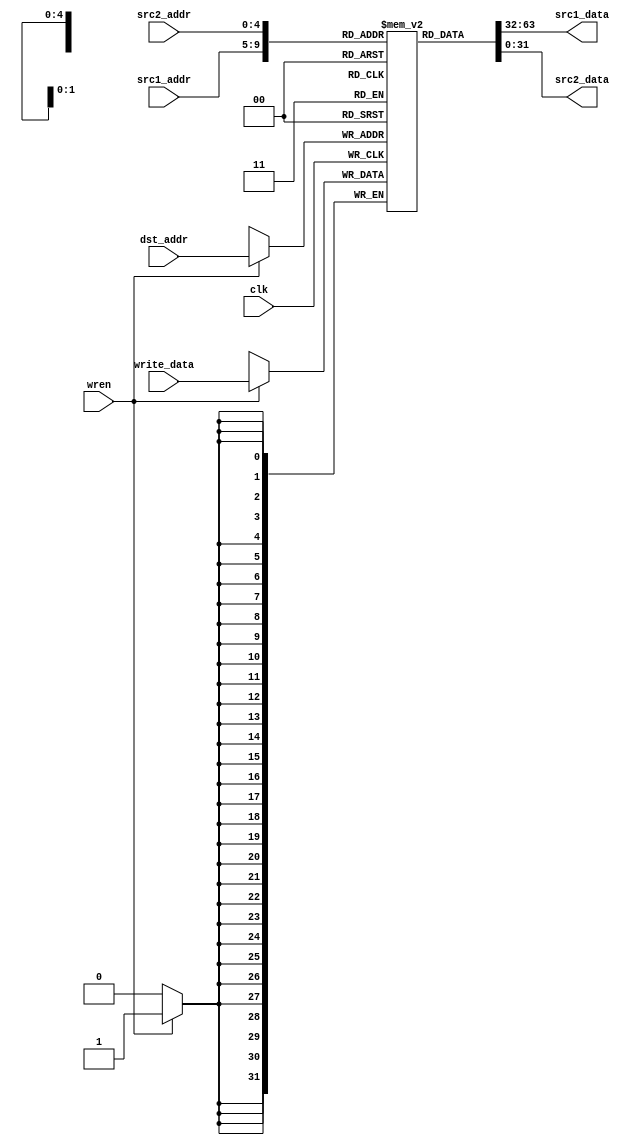
`timescale 1ns / 1ps
//////////////////////////////////////////////////////////////////////////////////
// Company: 
// Engineer: 
// 
// Design Name: 
// Module Name: register_file
// Project Name: 
// Target Devices: 
// Tool Versions: 
// Description: 
// 
// Dependencies: 
// 
// Revision:
// Revision 0.01 - File Created
// Additional Comments:
// 
//////////////////////////////////////////////////////////////////////////////////


module register_file(src1_addr, src2_addr, 
dst_addr, write_data, wren, clk, src1_data, src2_data);

input [4:0] src1_addr;
input [4:0] src2_addr;
input [4:0] dst_addr;
input [31:0]write_data;
input wren, clk;
output [31:0] src1_data, src2_data;

reg [31:0] reg_file [31:0];

initial
begin
reg_file[0] = 32'h2;
reg_file[1] = 32'h1;

reg_file[3] = 32'h7;

reg_file[5] = 32'hA;

reg_file[7] = 32'h8;
reg_file[11] = 32'h3;



end

assign src1_data = reg_file[src1_addr];
assign src2_data = reg_file[src2_addr];

always @(posedge clk)
    begin
        if (wren)
            reg_file[dst_addr] <= write_data;            
    end

endmodule